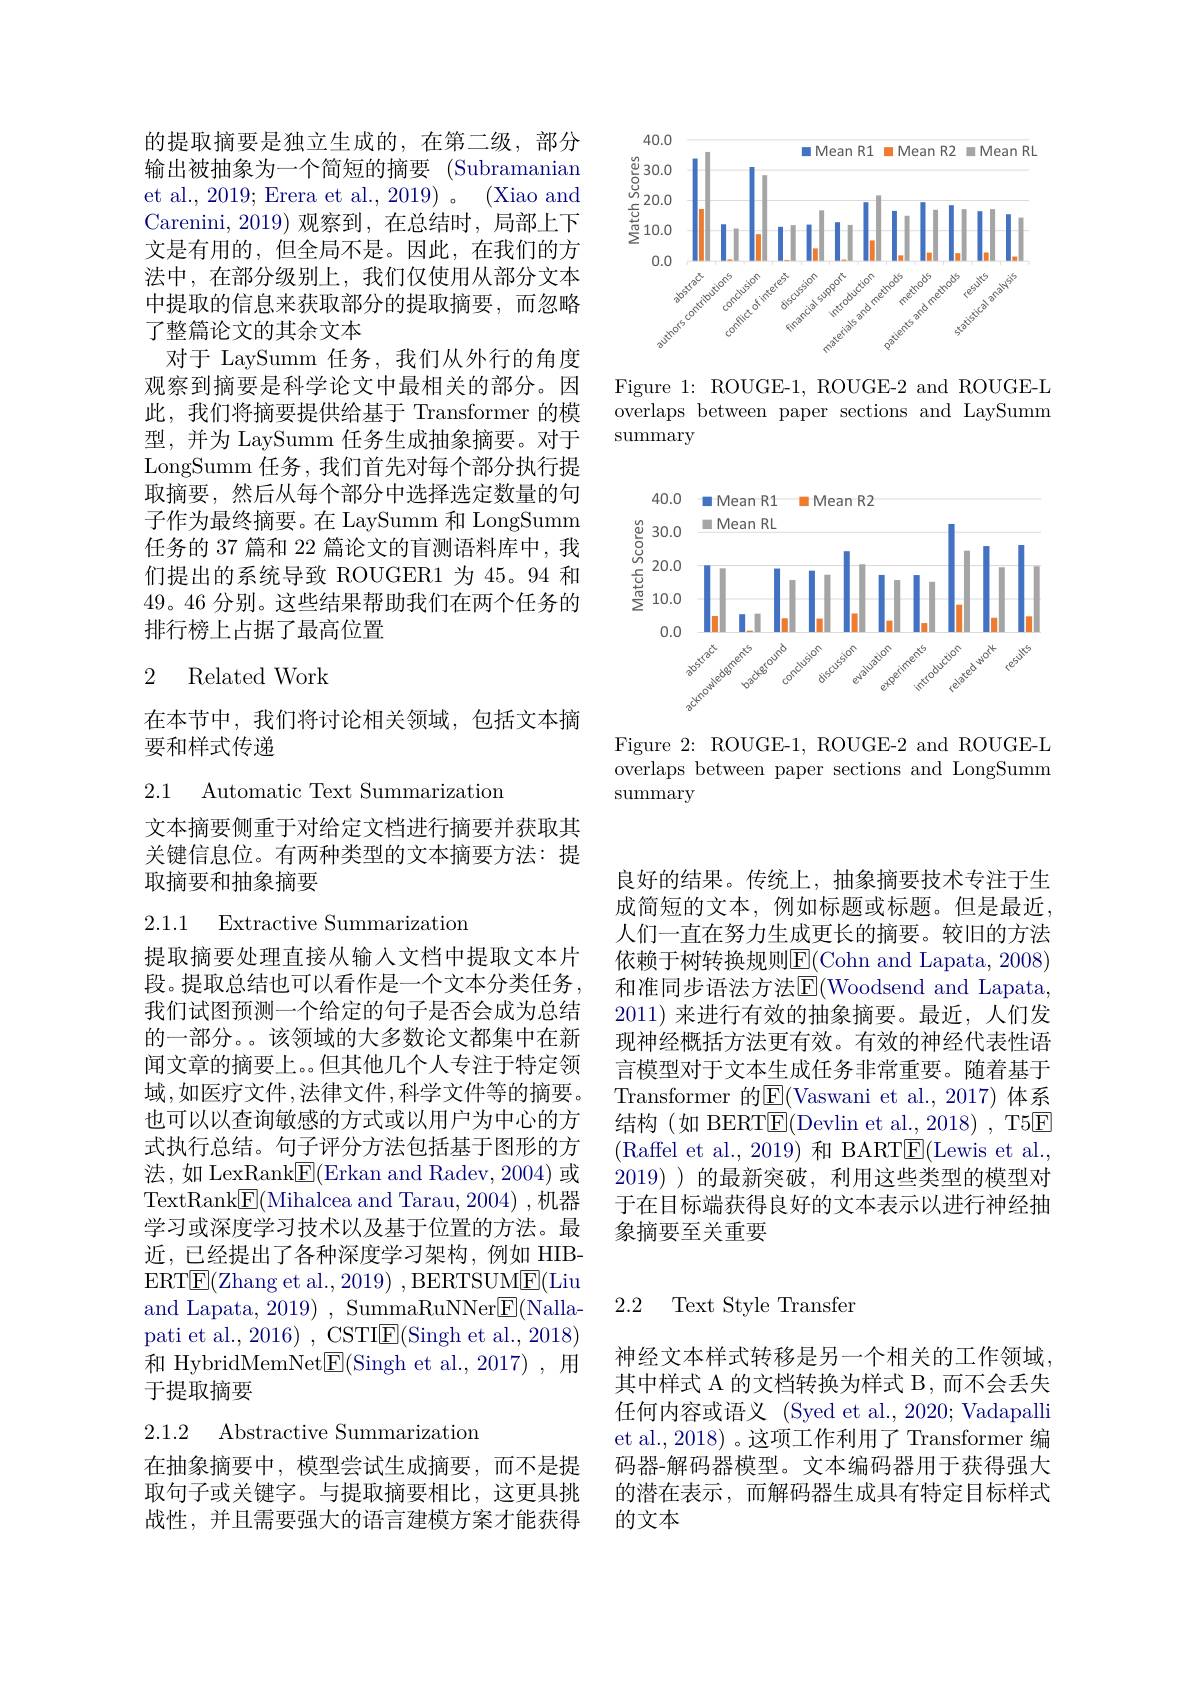
<FigureHere>

Figure 1: ROUGE-1, ROUGE-2 and ROUGE-L overlaps between paper sections and LaySumm $\operatorname{summary}$

<FigureHere>

Figure 2: ROUGE-1, ROUGE-2 and ROUGE-L overlaps between paper sections and LongSumm $\operatorname{summary}$

的提取摘要是独立生成的，在第二级，部分输出被抽象为一个简短的摘要 (Subramanian et al., 2019; Erera et al., 2019) 。(Xiao and Carenini, 2019) 观察到，在总结时，局部上下文是有用的，但全局不是。因此，在我们的方法中，在部分级别上，我们仅使用从部分文本中提取的信息来获取部分的提取摘要，而忽略了整篇论文的其余文本
对于 LaySumm 任务，我们从外行的角度观察到摘要是科学论文中最相关的部分。因此，我们将摘要提供给基于 Transformer 的模型，并为 LaySumm 任务生成抽象摘要。对于LongSumm 任务，我们首先对每个部分执行提取摘要，然后从每个部分中选择选定数量的句子作为最终摘要。在 LaySumm 和 LongSumm 任务的 37 篇和 22 篇论文的盲测语料库中，我们提出的系统导致 ROUGER1 为 45。94 和49。46 分别。这些结果帮助我们在两个任务的排行榜上占据了最高位置

### 2 Related Work

在本节中，我们将讨论相关领域，包括文本摘
要和样式传递

2.1 Automatic Text Summarization

文本摘要侧重于对给定文档进行摘要并获取其关键信息位。有两种类型的文本摘要方法：提取摘要和抽象摘要

2.1.1 Extractive Summarization

提取摘要处理直接从输入文档中提取文本片段。提取总结也可以看作是一个文本分类任务， 我们试图预测一个给定的句子是否会成为总结的一部分。该领域的大多数论文都集中在新闻文章的摘要上。。但其他几个人专注于特定领域，如医疗文件，法律文件，科学文件等的摘要。也可以以查询敏感的方式或以用户为中心的方式执行总结。句子评分方法包括基于图形的方法 , 如 LexRank$\boxed{\mathrm{F} }($Erkan and Radev,2004)或TextRank$\underline{\mathrm{E}}($Mihalcea and Tarau,2004),机器学习或深度学习技术以及基于位置的方法。最近，已经提出了各种深度学习架构，例如 HIBERTE(Zhang et al., 2019) , BERTSUM$\underline{\mathrm{F}}($Liu and Lapata, 2019) , SummaRuNNer$\underline{\mathrm{E}}($Nallapati et al., 2016) , CSTI$\underline{\mathrm{E}}($Singh et al., 2018) 和 HybridMemNet$\underline{\mathrm{E}}($Singh et al.,2017),\:用于提取摘要

2.1.2 Abstractive Summarization

在抽象摘要中，模型尝试生成摘要，而不是提取句子或关键字。与提取摘要相比，这更具挑战性，并且需要强大的语言建模方案才能获得

良好的结果。传统上，抽象摘要技术专注于生成简短的文本，例如标题或标题。但是最近， 人们一直在努力生成更长的摘要。较旧的方法依赖于树转换规则$\underline{\mathrm{E}}($Cohn and Lapata, 2008) 和准同步语法方法$\overset{\mathrm{(}}{\operatorname*{E}}($Woodsend and Lapata, 2011) 来进行有效的抽象摘要。最近，人们发现神经概括方法更有效。有效的神经代表性语言模型对于文本生成任务非常重要。随着基于Transformer 的$\overline{\mathrm{E}}($Vaswani et al.,2017)体系结构(如 BERT$\overline{\mathrm{E}}($Devlin et al.,2018), T5$\overline{\mathrm{E}}$ (Raffel et al., 2019) 和 BART$\underline{\mathrm{E}}($Lewis et al., 2019) )的最新突破，利用这些类型的模型对于在目标端获得良好的文本表示以进行神经抽象摘要至关重要

### 2.2 Text Style Transfen

神经文本样式转移是另一个相关的工作领域其中样式 A 的文档转换为样式 B, 而不会丢失任何内容或语义 (Syed et al., 2020; Vadapalli et al., 2018) 。这项工作利用了 Transformer 编码器-解码器模型。文本编码器用于获得强大的潜在表示，而解码器生成具有特定目标样式的文本